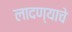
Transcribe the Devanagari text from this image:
लादण्याचे